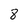
Character: 8